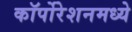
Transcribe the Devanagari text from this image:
कॉर्पोरेशनमध्ये